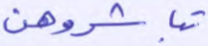
تباشروهن